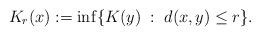
LaTeX: \begin{align*}K_r(x):=\inf\{K(y)\;:\; d(x,y)\leq r\}.\end{align*}